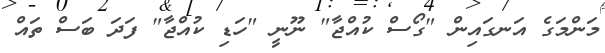
މަންމަގެ އަނގައިން "ގޯސް ކުއްޖާ" ނޫނީ "ހަޑި ކުއްޖާ" ފަދަ ބަސް ތައް